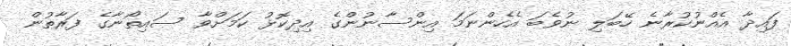
ފައިދާ އެއްނުކުރާނެ ހޭބަލި ނުވެބަ އެހެންނަމަ އިންސާނުންގެ އިދިކޮޅު ކަމަށްވާ ސައިތޯނާގެ ފަރާތުން